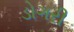
ડોગરી